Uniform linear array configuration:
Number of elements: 48
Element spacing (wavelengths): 1
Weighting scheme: cosine
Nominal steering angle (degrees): -60
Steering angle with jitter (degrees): -60.952
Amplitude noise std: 0.05
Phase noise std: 0.05

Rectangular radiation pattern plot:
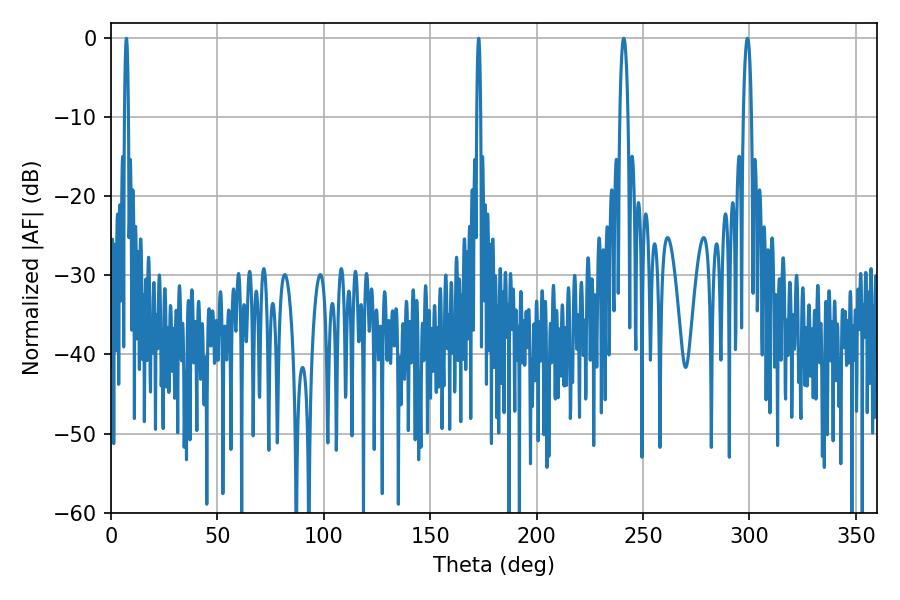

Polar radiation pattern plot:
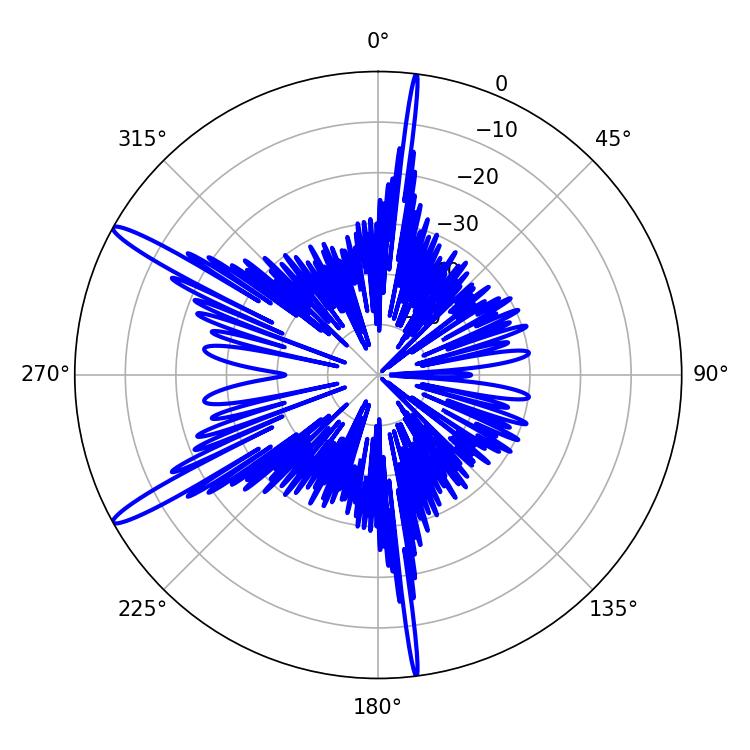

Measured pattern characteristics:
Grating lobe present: TRUE
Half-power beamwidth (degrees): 0.9
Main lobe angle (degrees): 7.2